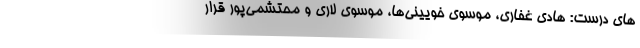
های درست: هادی غفاری، موسوی خویینی‌ها، موسوی لاری و محتشمی‌پور قرار